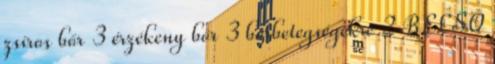
zsíros bőr 3 érzékeny bőr 3 bőrbetegségekre 2 BELSŐ